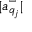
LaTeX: | a _ { q _ { j } } ^ { - } |